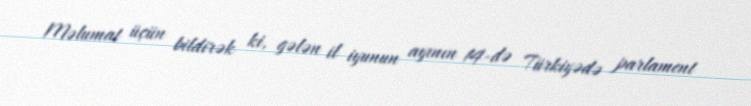
Məlumat üçün bildirək ki, gələn il iyunun ayının 14-də Türkiyədə parlament